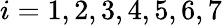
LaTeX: i=1,2,3,4,5,6,7